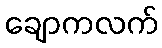
ချောကလက်